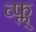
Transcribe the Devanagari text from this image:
व्फ्ल्